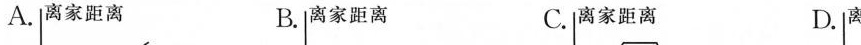
A. B. C. D.